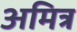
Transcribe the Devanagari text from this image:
अमित्र